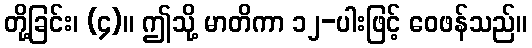
တို့ခြင်း၊ (၄)။ ဤသို့ မာတိကာ ၁၂-ပါးဖြင့် ဝေဖန်သည်။